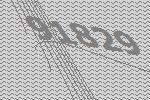
91829